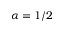
\alpha = 1 / 2